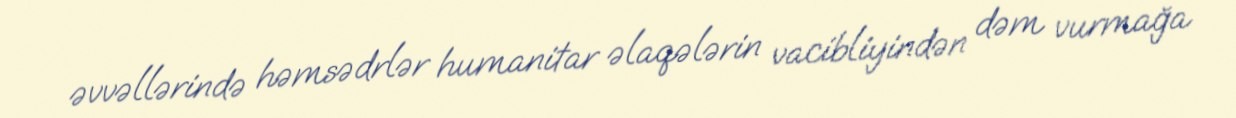
əvvəllərində həmsədrlər humanitar əlaqələrin vacibliyindən dəm vurmağa